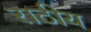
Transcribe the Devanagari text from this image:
राठीय